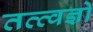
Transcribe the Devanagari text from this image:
तत्त्वज्ञो